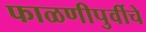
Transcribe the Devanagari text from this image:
फाळणीपुर्वीचे